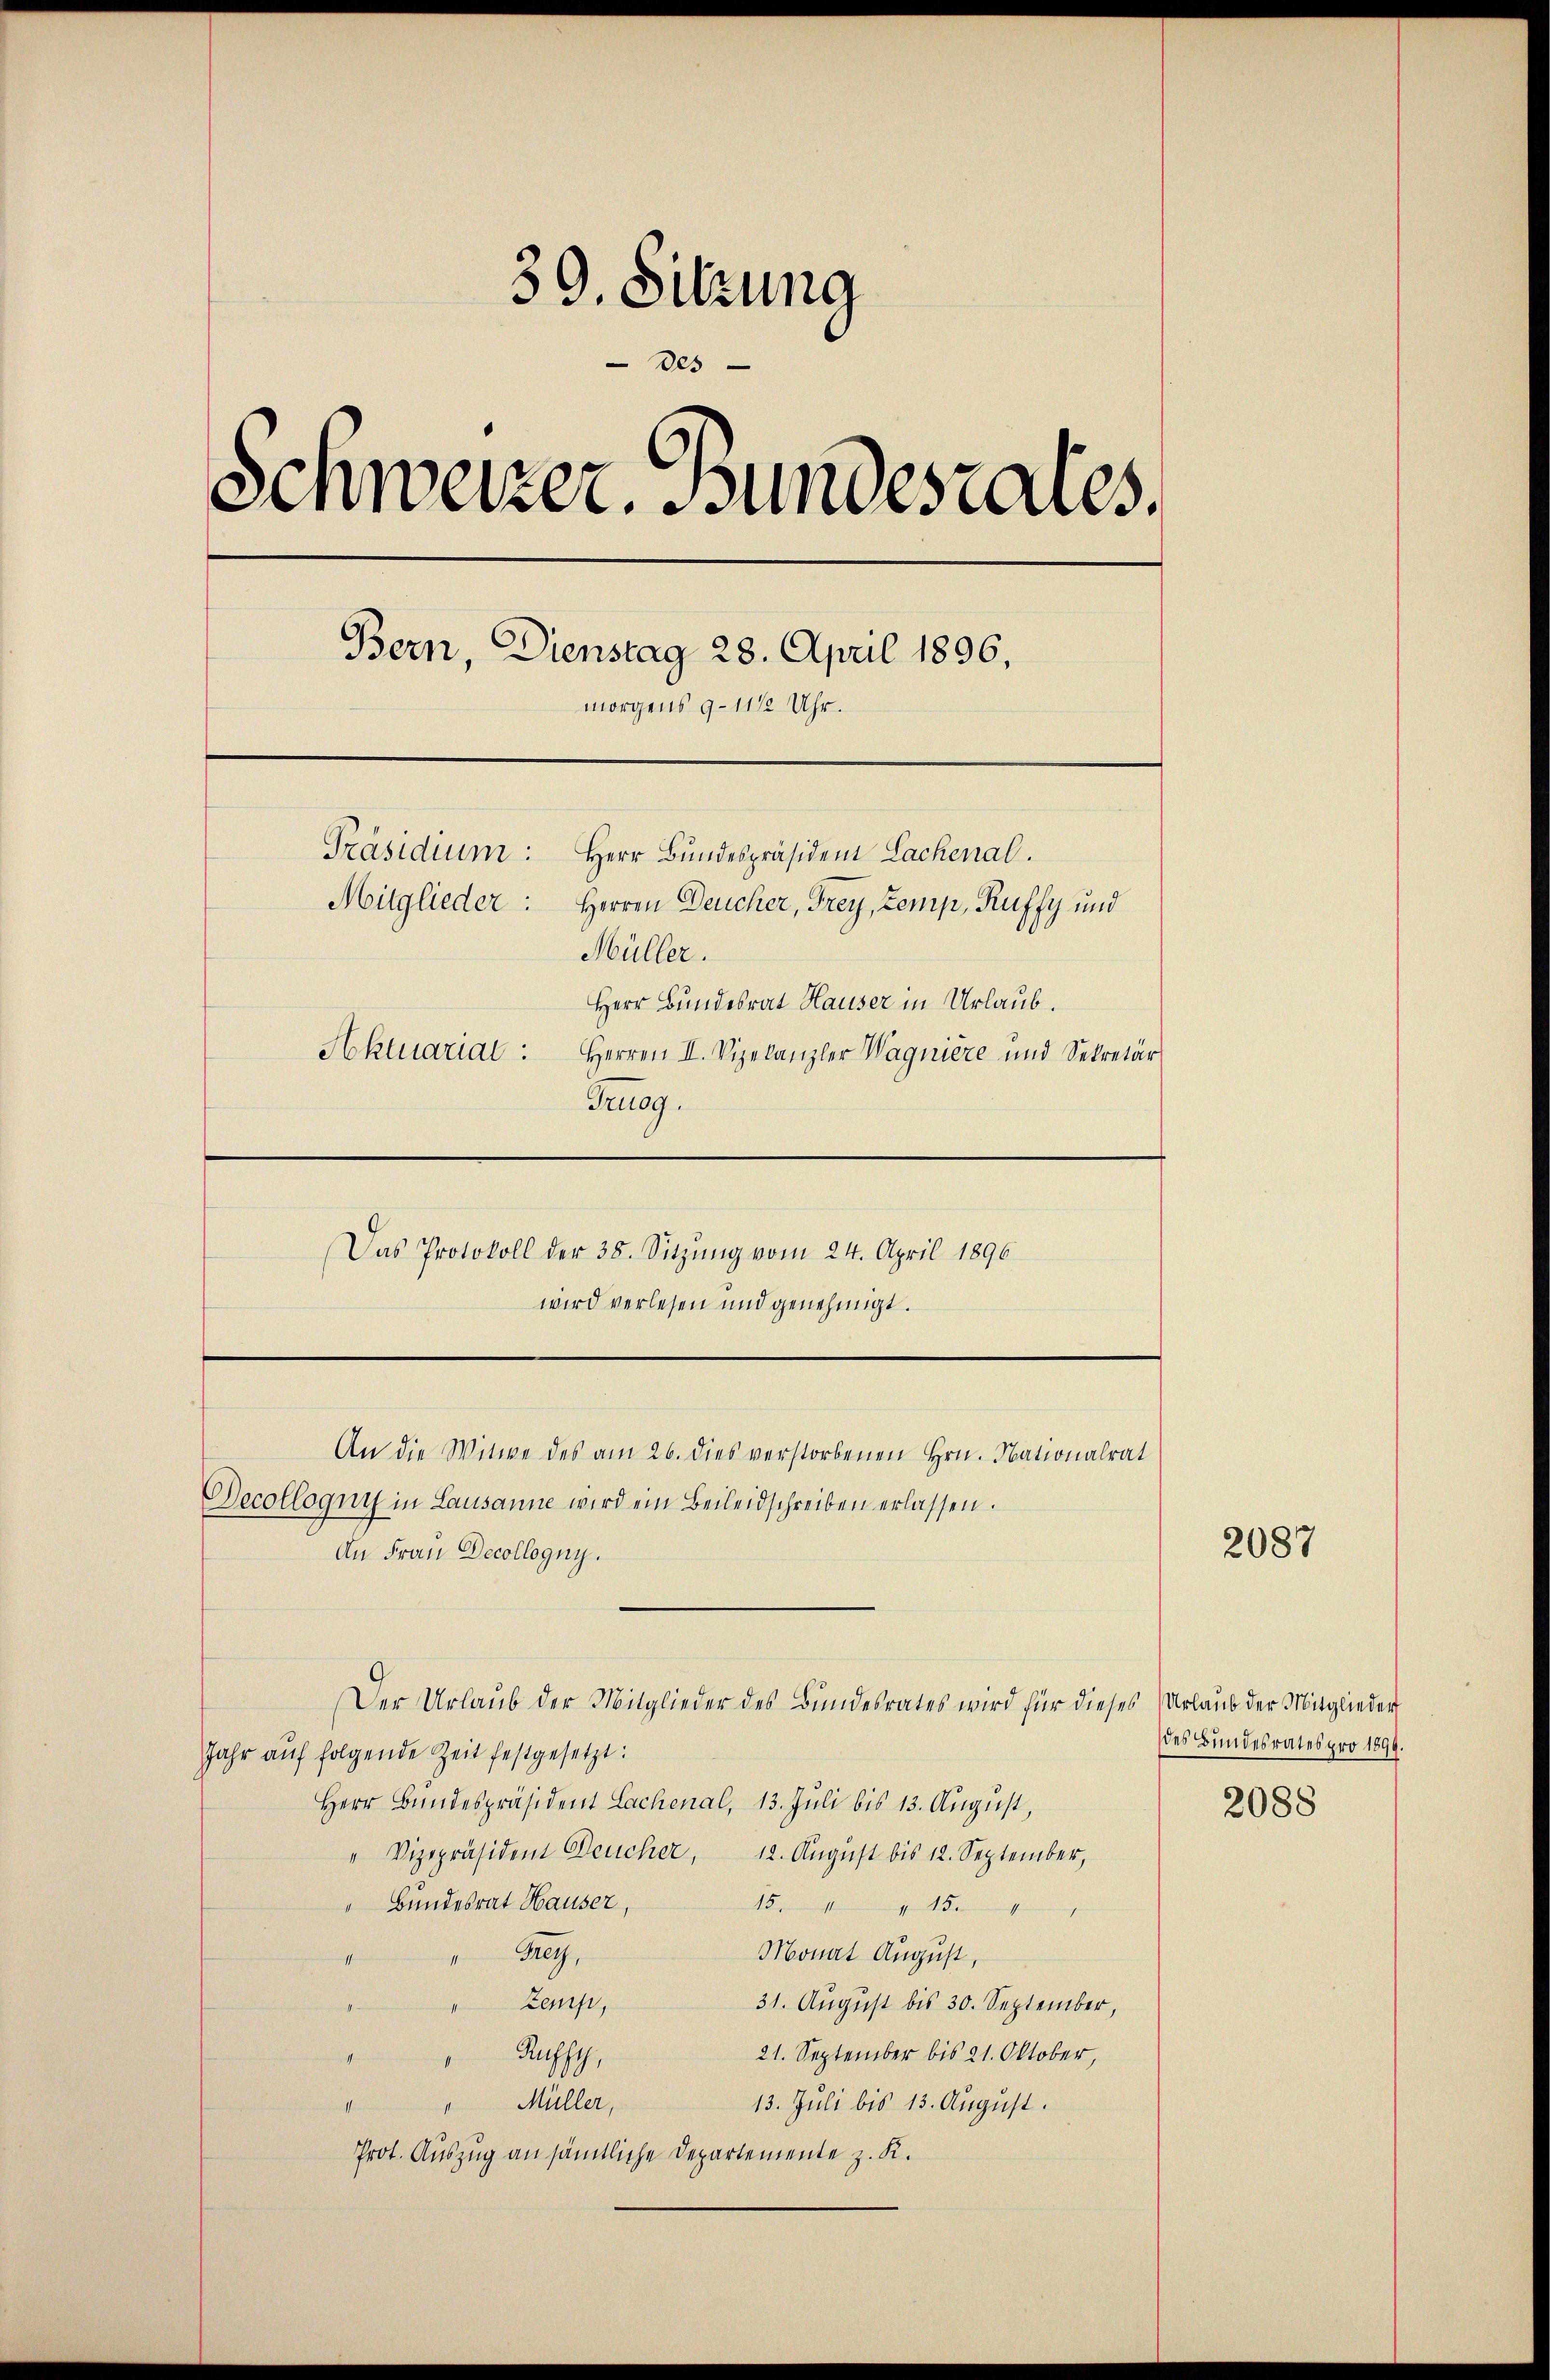
39. Sitzung
Des
Schweizer. Bundesrates.
Bern, Dienstag 28. April 1896,
morgens 9-11/2 Uhr.
Präsidium:
Herr Bundespräsident Lachenal.
Mitglieder: Herren Deucher, Frey, Zemp, Ruffy und
Müller.
Herr Bundesrat Hauser in Urlaub.
Aktuarial:
Herren II. Vizelanzler Wagniere und Sekretär
Trusg.

Das Protokoll der 38. Sitzŭng vom 24. April 1896
wird verlesen und genehmigt.

An die Witwe des am 26. dies verstorbenen Hrn. Nationalrat
Decollogny in Lausanne wird ein Beileidschreiben erlassen.
An Frau Decollogny.
Der Urlaub der Mitglieder des Bundesrates wird für dieses Urlaub der Mitglieder
Jahr auf folgende Zeit festgesetzt:
Herr Bundespräsident Lachenal, 13. Jŭli bis 13. Aŭgŭst,
" Vizepräsident Deucher, 12. Aŭgŭst bis 12. September,
 Bundesrat Hauser
15. 1415.
Mey,
Monat August,
17.
Zemp,
31. August bis 30. September,
21. September bis 21. Oktober,
Rufft,
" Müller,
13. Juli bis 13. August.
t
Prot. Auszug an sämtliche Departemente z. K.

2087

des Bundesrates pro 1899.
2088